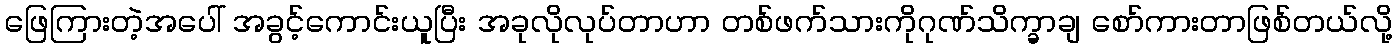
ဖြေကြားတဲ့အပေါ် အခွင့်ကောင်းယူပြီး အခုလိုလုပ်တာဟာ တစ်ဖက်သားကိုဂုဏ်သိက္ခာချ စော်ကားတာဖြစ်တယ်လို့